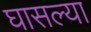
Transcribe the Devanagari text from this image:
घासल्या